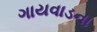
ગાયવાડના